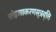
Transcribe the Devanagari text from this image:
चांद्रव्याकरणसूत्रवृत्ति